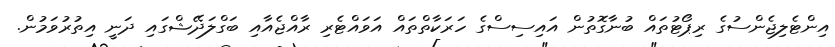
އިންޓެލިޖެންސުގެ ރިޕޯޓުތައް ބުނާގޮތުން އައިސިސްގެ ހަރަކާތްތައް އަވައްޓެރި ރާއްޖެއާއި ބަގްލަދޭޝްގައި ދަނީ އިތުރުވަމުން.